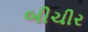
બીચીર